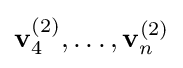
\mathbf {v} _{4}^{(2)},\dots ,\mathbf {v} _{n}^{(2)}